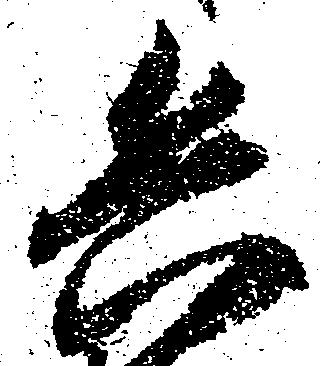
兵